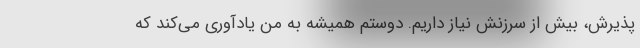
پذیرش، بیش از سرزنش نیاز داریم. دوستم همیشه به من یادآوری می‌کند که